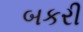
બકરી